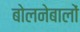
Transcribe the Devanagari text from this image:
बोलनेबालों